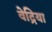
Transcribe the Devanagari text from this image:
वेद्रिया